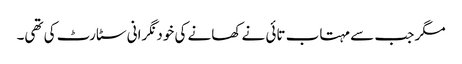
مگر جب سے مہتاب تائی نے کھانے کی خود نگرانی سٹارٹ کی تھی۔